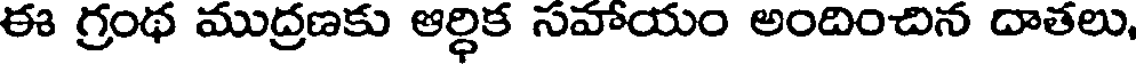
ఈ గ్రంథ ముద్రణకు ఆర్ధిక సహాయం అందించిన దాతలు